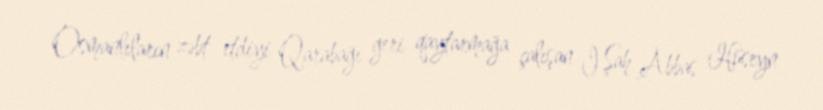
Osmanlıların zəbt etdiyi Qarabağı geri qaytarmağa çalışan I Şah Abbas Hüseyn